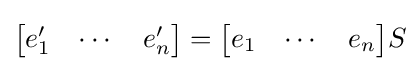
{\begin{bmatrix}e'_{1}&\cdots &e'_{n}\end{bmatrix}}={\begin{bmatrix}e_{1}&\cdots &e_{n}\end{bmatrix}}S